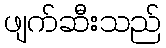
ဖျက်ဆီးသည်